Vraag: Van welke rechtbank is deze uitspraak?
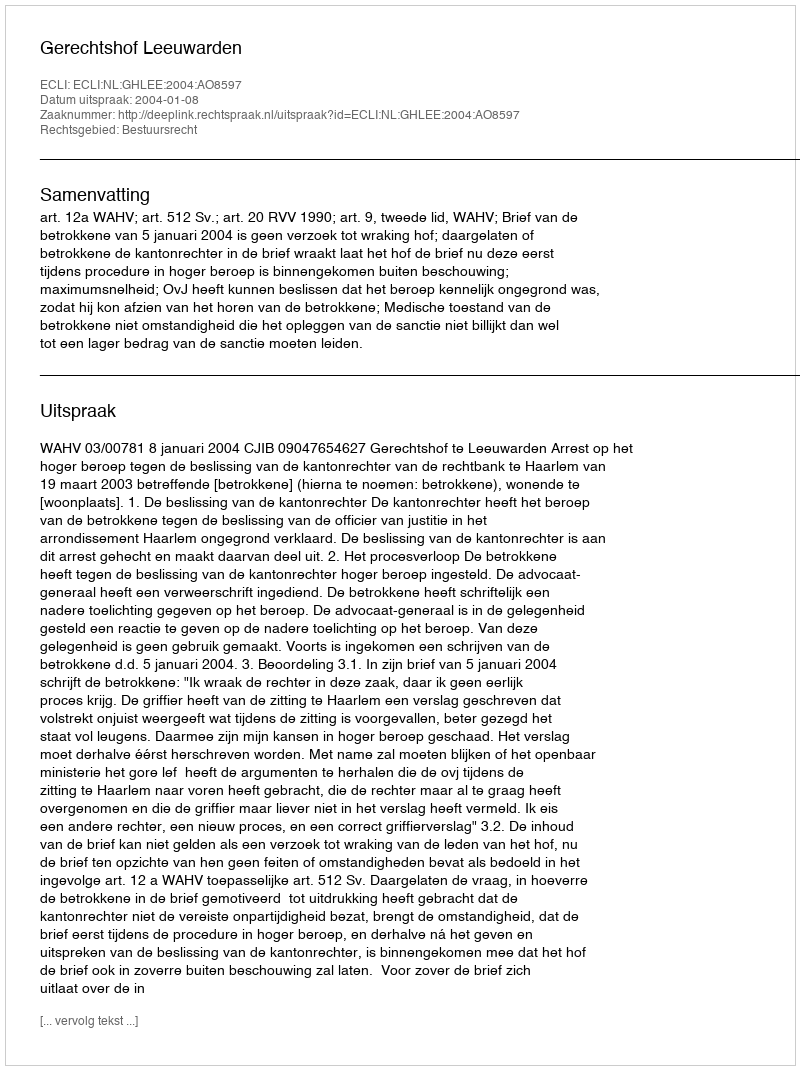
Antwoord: Gerechtshof Leeuwarden